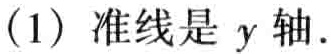
(1) 准线是 \(y\) 轴.